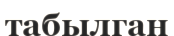
табылган